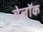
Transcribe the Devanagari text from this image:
बेलॉक